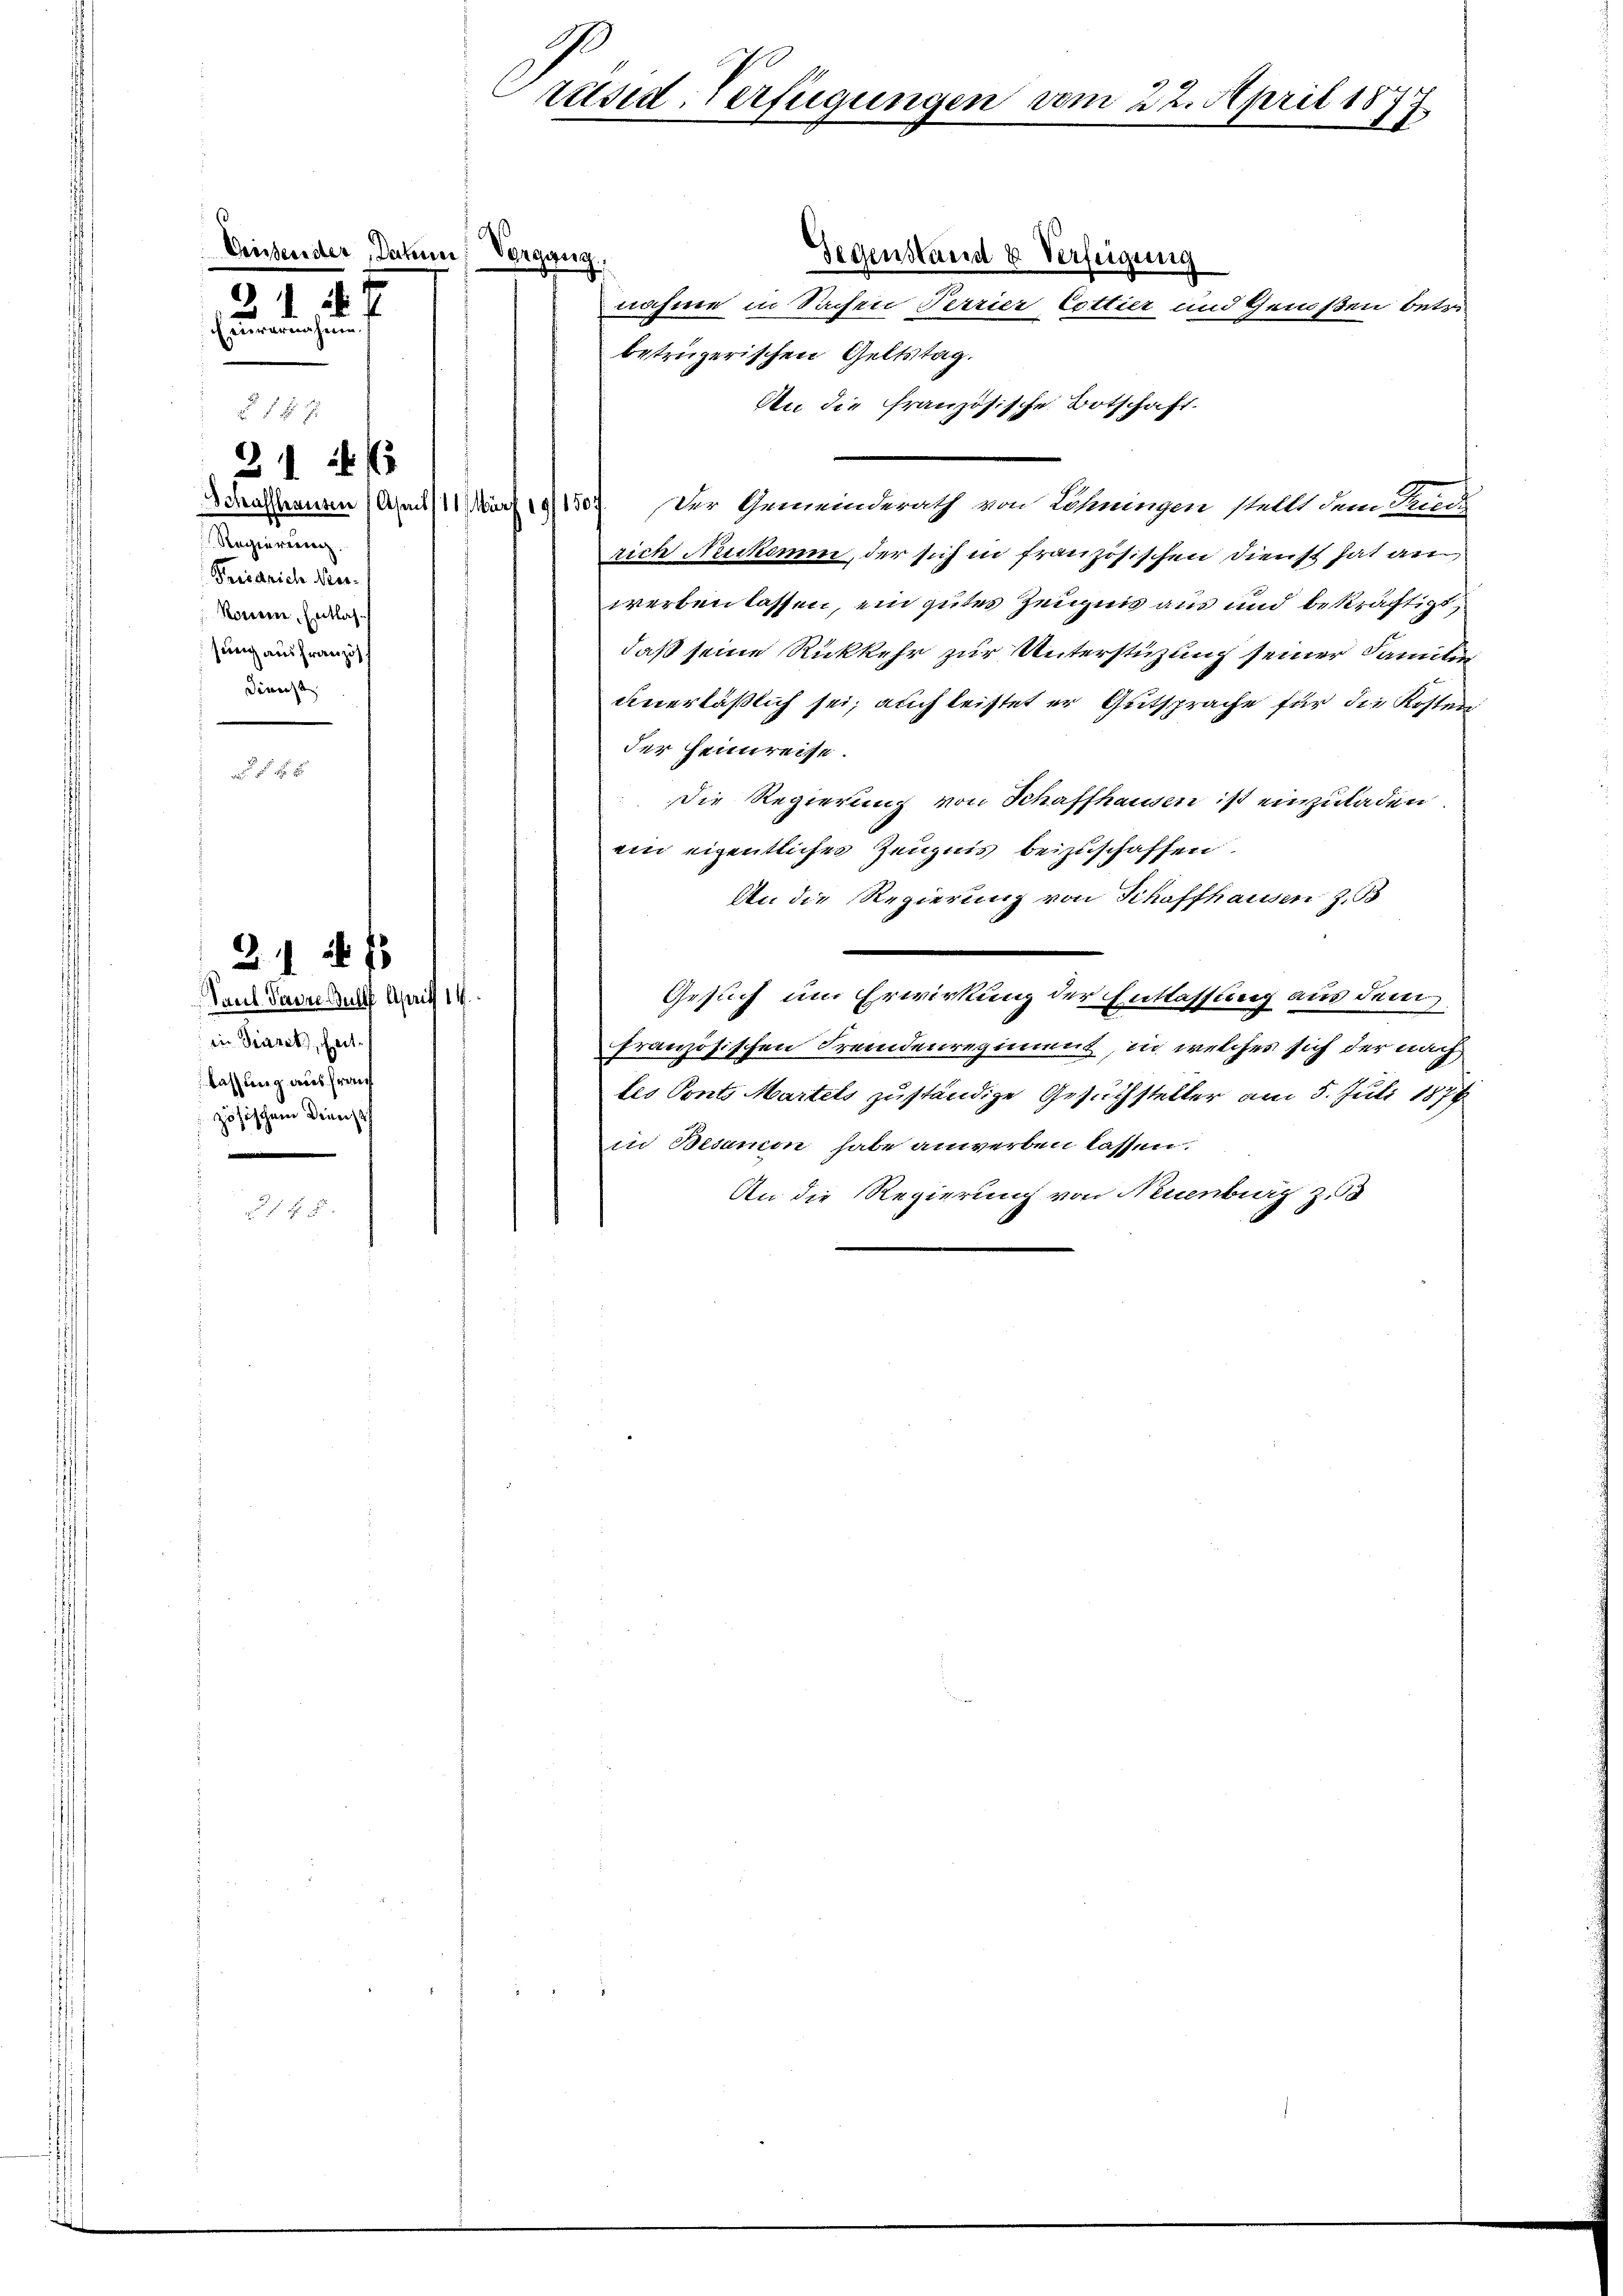
Crissender, Dähner Vergang
214 f
Einvernahmen.

2

Schaffhausen (Asm /11 Wurf 19/150:
Regieren
Friedrich Neer¬
Ronnene Entlas-
sung aus französ
Denenst |

31 1/

Paul Parze Bullt April 14.
in Tieret, Zeitlassung aus frauf
zösischen Dienst

2. 161

räsid-Verfügungen vom 22. April 1877
.

betrügerischen Geltstag.
An die französische Botschaft.
Der Gemeinderath von Löhnungen stellt dem Friedi
rich Neukomm, der sich in französischen Dienst hat an
werben lassen, ein gutes Zeugnis aus und bekräftigt,
daß seine Rückkehr zur Unterstüzung seiner Saniten
unerläßlich sei; auch leistet er Gutsprache für die Kosten
der Heimreise.
Die Regierung von Schaffhausen ist einzuladen
ein eigentliches Zeugnis beizuschaffen.
An die Regierung von Schaffhausen Z. 5
Gesuch um Erwirkung der Entlassung aus dem
französischen Fremdenregiment, in welches sich der nach
tes Ponts Martels zuständige Gesuchsteller am 5. Juli 1878
in Besanon habe anwerben lassen.
An die Regierung von Neuenburg z.

Gegenstand & Verfeigung

nahme in Sachen Terrier Cottier und Genossen betri